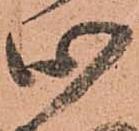
心